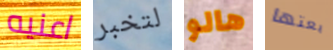
اعنيه لتخبر هالو بعتها